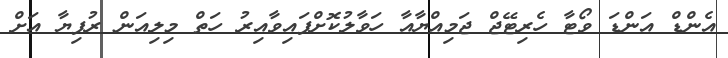
އެންޑް އަންޑަ ވޯޓާ ހެރިޓޭޖް ޖަމިއްޔާއާ ހަވާލުކޮށްފައިވާއިރު ހަތް މިލިއަން ރުފިޔާ އަށް